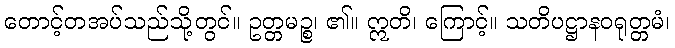
တောင့်တအပ်သည်သို့တွင်။ ဥတ္တမဉ္စ၊ ၏။ ဣတိ၊ ကြောင့်။ သတိပဋ္ဌာနဝရုတ္တမံ၊